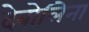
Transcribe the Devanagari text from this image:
देबोलिना